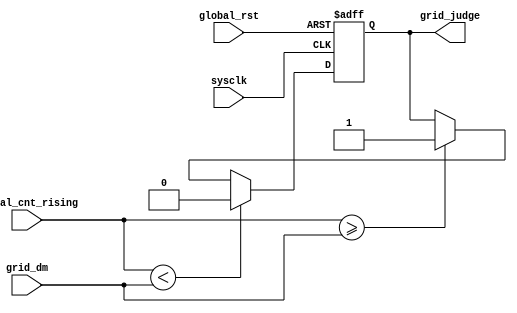
module grid_duty( grid_judge,       	// clkout
						grid_dm,			 		//grid duty
						global_cnt_rising,	// rising count
						sysclk,        	// clkin
						global_rst    			// global reset
);

input sysclk;
input global_rst;
input grid_dm;
input global_cnt_rising;

output reg grid_judge;

always @ (posedge sysclk or negedge global_rst)
if(!global_rst)begin
  grid_judge<= 1'b0;
 end
else if(global_cnt_rising < grid_dm)begin
  grid_judge<=1'b0;
 end
else if(global_cnt_rising >= grid_dm)begin
  grid_judge<=1'b1;
end
 
endmodule